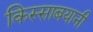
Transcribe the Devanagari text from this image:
किस्साबयानी